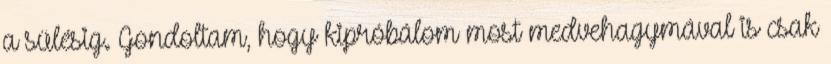
a sülésig. Gondoltam, hogy kipróbálom most medvehagymával is csak